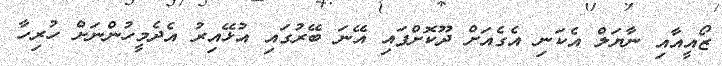
ޒޯއީއާއި ނާޔަލް އެކަނި އެގެއަށް ދޫކޮށްފައި އޭނަ ބޭރުގައި އުޅޭއިރު އެދެމީހުންނަށް ހުރިހާ